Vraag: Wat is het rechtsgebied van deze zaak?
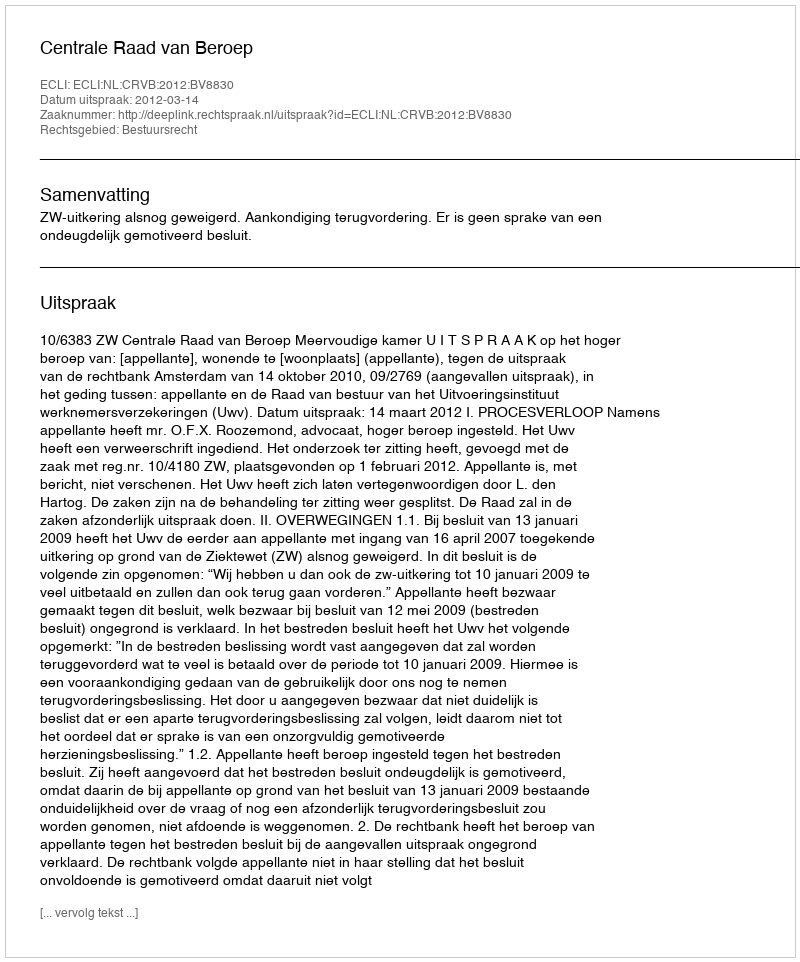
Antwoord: Bestuursrecht